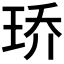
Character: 𮴓